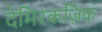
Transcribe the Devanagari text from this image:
देमिरकज़िक